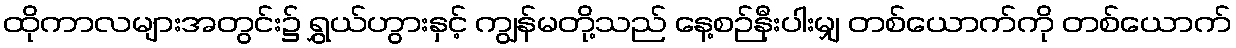
ထိုကာလများအတွင်း၌ ရွှယ်ဟွားနှင့် ကျွန်မတို့သည် နေ့စဉ်နီးပါးမျှ တစ်ယောက်ကို တစ်ယောက်